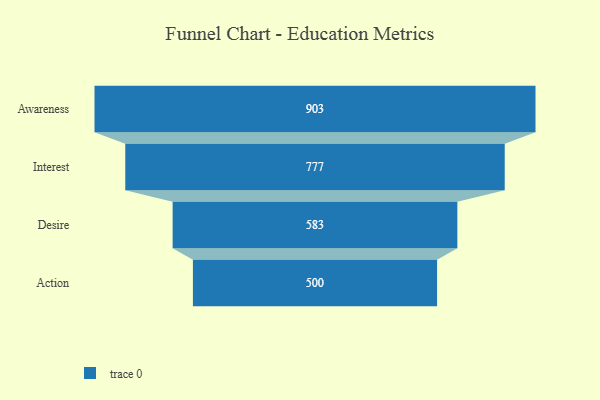
{"axis": {"x": "Stage", "y": "Value"}, "legend": [""], "data": [{"x": "Awareness", "y": 903.0, "type": ""}, {"x": "Interest", "y": 777.0, "type": ""}, {"x": "Desire", "y": 583.0, "type": ""}, {"x": "Action", "y": 500, "type": ""}]}